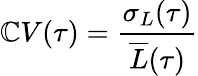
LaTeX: \mathbb{C}V(\tau)=\frac{{\sigma_{L}(\tau)}}{{\overline{{{L}}}(\tau)}}